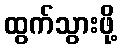
ထွက်သွားဖို့